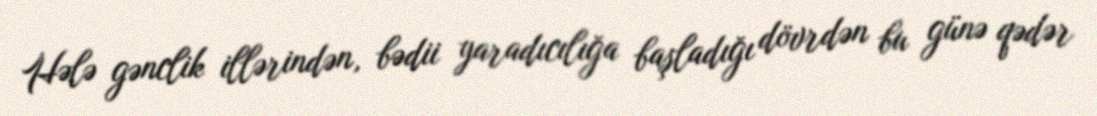
Hələ gənclik illərindən, bədii yaradıcılığa başladığı dövrdən bu günə qədər